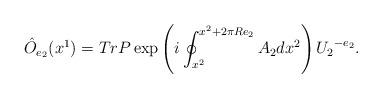
LaTeX: \begin{align*}\hat O_{e_2}(x^1) = Tr P \exp\left(i\oint_{x^2}^{x^2+ 2 \pi R e_2} A_2 dx^2\right) {U_2}^{-e_2}.\end{align*}